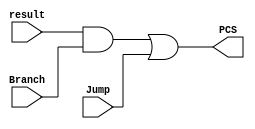
module BC(
    input wire [0:0] Jump,
    input wire [0:0] Branch,
    input wire [0:0] result,
    output wire [0:0] PCS
    );
    
    assign PCS = (result && Branch) || Jump;
    
endmodule